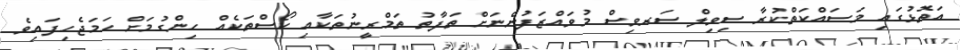
އަތޮޅުގައި މަސައްކަތްކުރާ ސިވިލް ސަރވިސް މުވައްޒަފުންނަށް ތަފާތު ތަމްރީނުތަކާއި ކޯސްތަކެއް ހިންގުމަށް ހަމަޖެހިފައިވެ